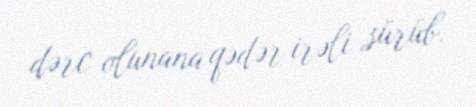
dərc olunana qədər irəli sürüb.